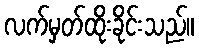
လက်မှတ်ထိုးခိုင်းသည်။